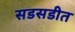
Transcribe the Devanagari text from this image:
सडसडीत